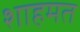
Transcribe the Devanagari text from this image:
शाहमत